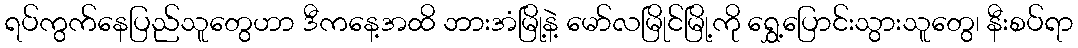
ရပ်ကွက်နေပြည်သူတွေဟာ ဒီကနေ့အထိ ဘားအံမြို့နဲ့ မော်လမြိုင်မြို့ကို ရွှေ့ပြောင်းသွားသူတွေ၊ နီးစပ်ရာ